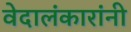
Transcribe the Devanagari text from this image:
वेदालंकारांनी